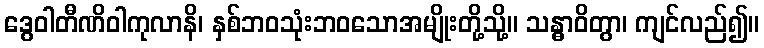
ဒွေဝါတီဏိဝါကုလာနိ၊ နှစ်ဘဝသုံးဘဝသောအမျိုးတို့သို့။ သန္ဓာဝိတွာ၊ ကျင်လည်၍။